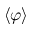
\langle \varphi \rangle